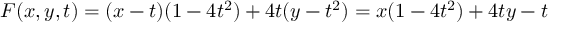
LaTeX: F ( x , y , t ) = ( x - t ) ( 1 - 4 t ^ { 2 } ) + 4 t ( y - t ^ { 2 } ) = x ( 1 - 4 t ^ { 2 } ) + 4 t y - t